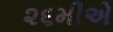
૨૬મીએ